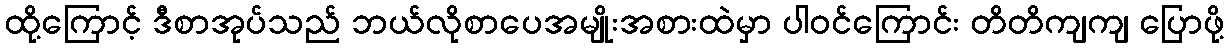
ထို့ကြောင့် ဒီစာအုပ်သည် ဘယ်လိုစာပေအမျိုးအစားထဲမှာ ပါဝင်ကြောင်း တိတိကျကျ ပြောဖို့